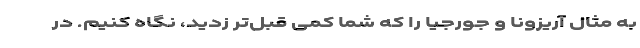
به مثال آریزونا و جورجیا را که شما کمی قبل‌تر زدید، نگاه کنیم. در